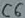
Text: C6